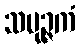
သမုဉ္ဇကံ